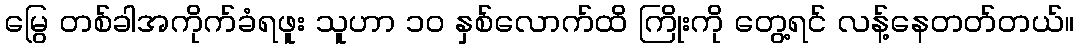
မြွေ တစ်ခါအကိုက်ခံရဖူး သူဟာ ၁၀ နှစ်လောက်ထိ ကြိုးကို တွေ့ရင် လန့်နေတတ်တယ်။